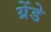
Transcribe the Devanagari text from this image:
ग्रेंडे